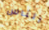
الناس